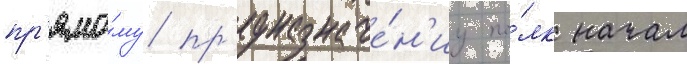
пр'ямо́му пр'едназначе́н'иу по́лк начал